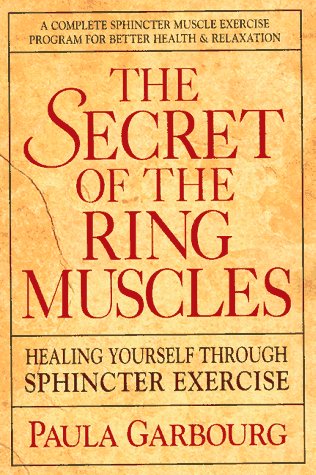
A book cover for Secret of the Ring Muscles; Paula Garbourg; Parenting & Relationships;